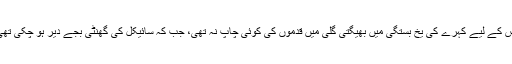
اس کے لیے کہرے کی یخ بستگی میں بھیگتی گلی میں قدموں کی کوئی چاپ نہ تھی، جب کہ سائیکل کی گھنٹی بجے دیر ہو چکی تھی۔